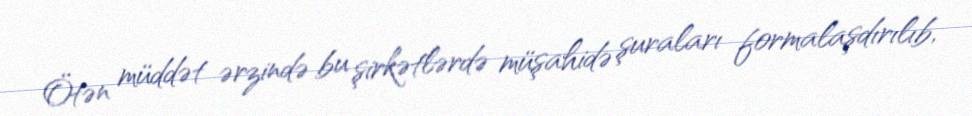
Ötən müddət ərzində bu şirkətlərdə müşahidə şuraları formalaşdırılıb,